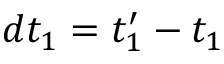
d t _ { 1 } = t _ { 1 } ^ { \prime } - t _ { 1 }